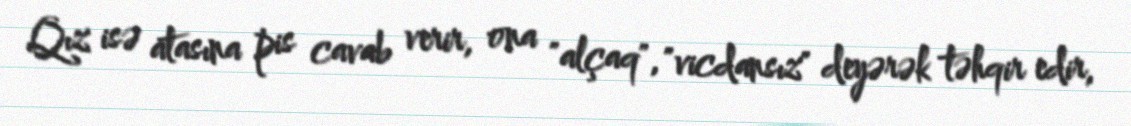
Qız isə atasına pis cavab verir, ona "alçaq", "vicdansız" deyərək təhqir edir,